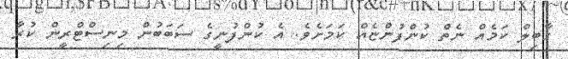
ގާބިލް ކަމެއް ނެތް ކުންފުންޏެއް ކަމަށެވެ. އެ ކުންފުނީގެ ސަބަބުން މިނިސްޓްރީން ކުރާ